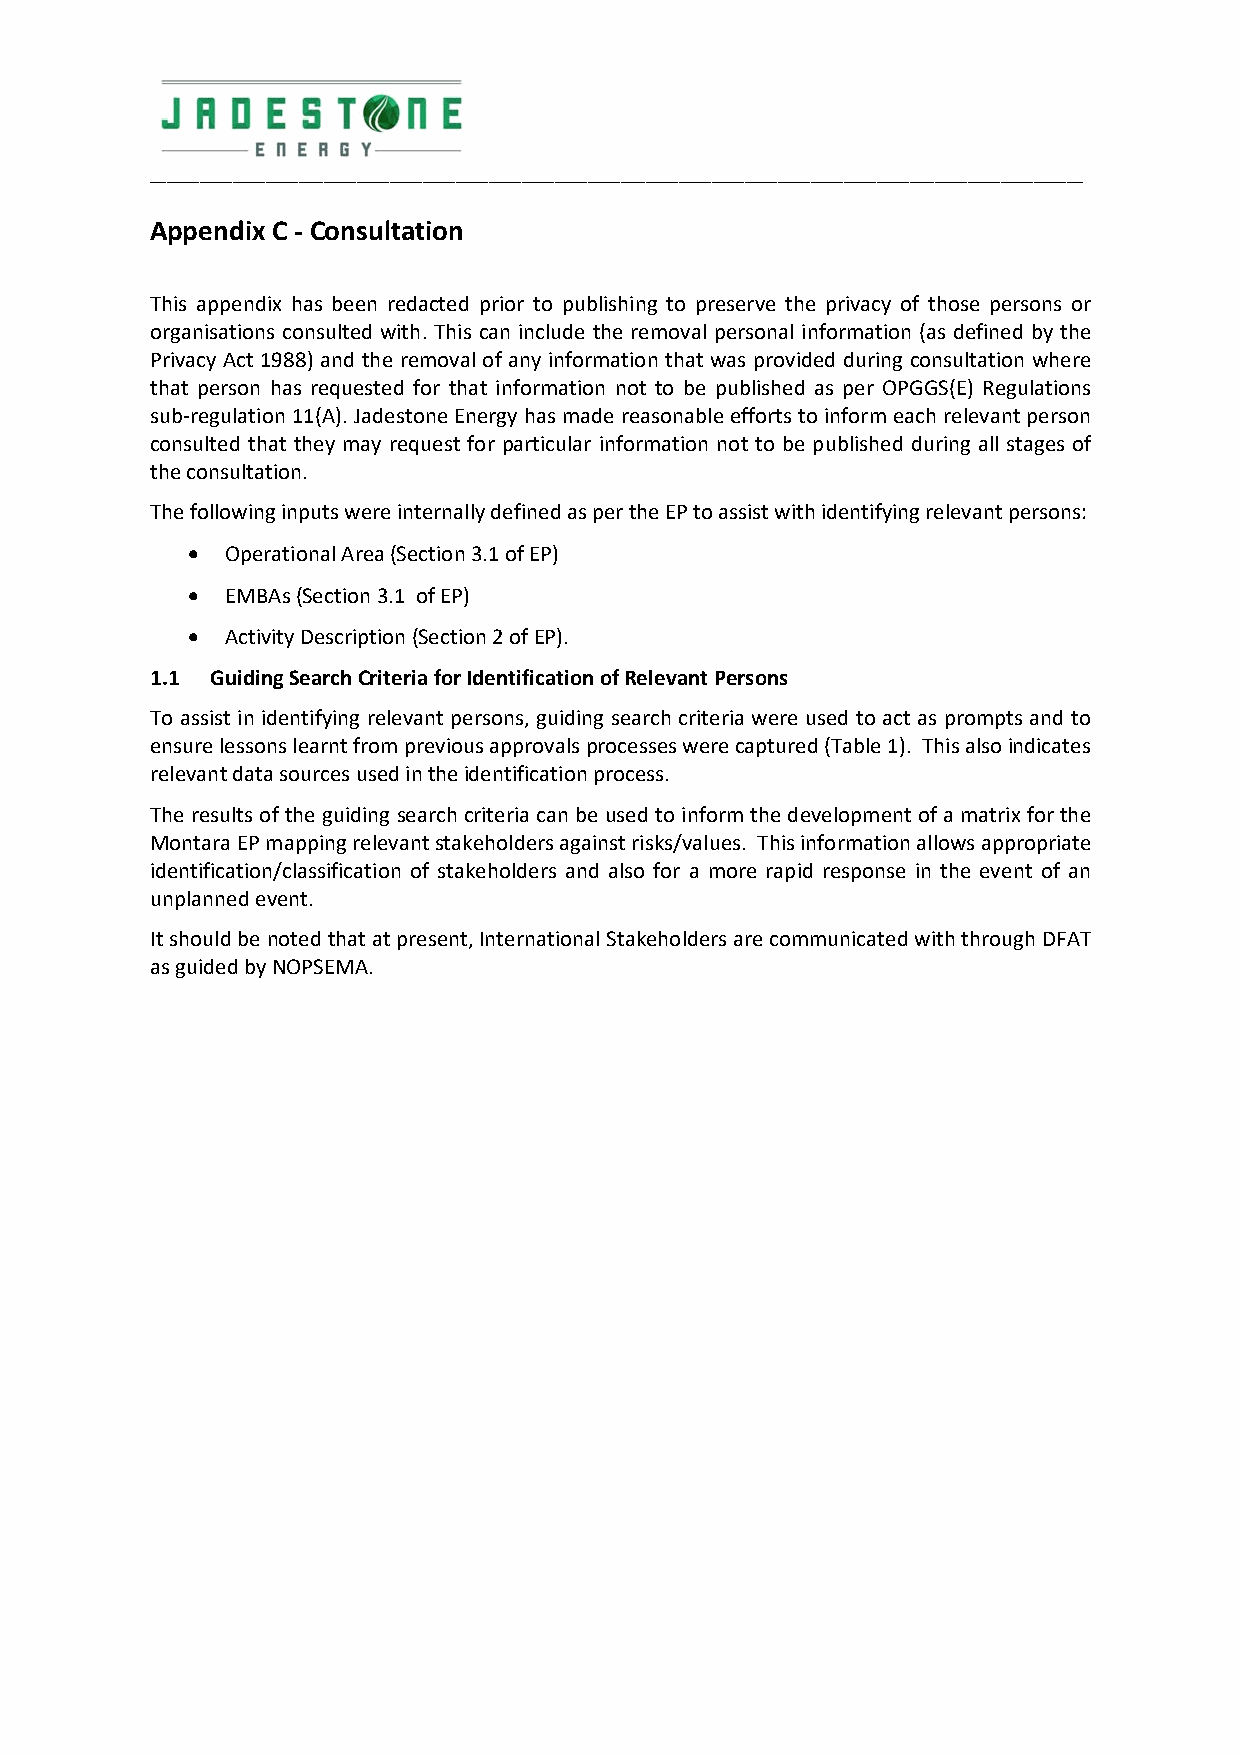
_________________________________________________________________________________________________________________
 Appendix C ‐ Consultation
 This appendix has been redacted prior to publishing to preserve the privacy of those persons or
 organisations consulted with. This can include the removal personal information (as defined by the
 Privacy Act 1988) and the removal of any information that was provided during consultation where
 that person has requested for that information not to be published as per OPGGS(E) Regulations
 sub‐regulation 11(A). Jadestone Energy has made reasonable efforts to inform each relevant person
 consulted that they may request for particular information not to be published during all stages of
 the consultation.
 The following inputs were internally defined as per the EP to assist with identifying relevant persons:
   Operational Area (Section 3.1 of EP)
   EMBAs (Section 3.1 of EP)
   Activity Description (Section 2 of EP).
 1.1 Guiding Search Criteria for Identification of Relevant Persons
 To assist in identifying relevant persons, guiding search criteria were used to act as prompts and to
 ensure lessons learnt from previous approvals processes were captured (Table 1). This also indicates
 relevant data sources used in the identification process.
 The results of the guiding search criteria can be used to inform the development of a matrix for the
 Montara EP mapping relevant stakeholders against risks/values. This information allows appropriate
 identification/classification of stakeholders and also for a more rapid response in the event of an
 unplanned event.
 It should be noted that at present, International Stakeholders are communicated with through DFAT
 as guided by NOPSEMA.